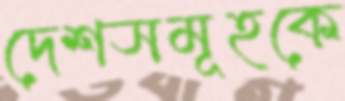
দেশসমূহকে